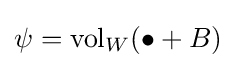
\psi =\operatorname {vol} _{W}(\bullet +B)